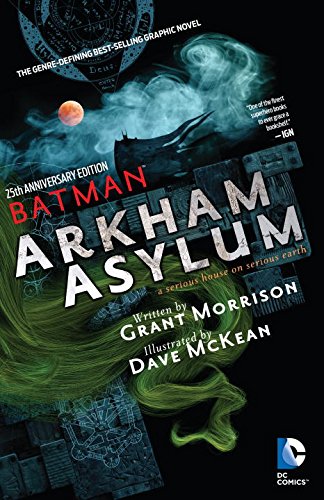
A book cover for Batman Arkham Asylum 25th Anniversary; Grant Morrison; Comics & Graphic Novels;